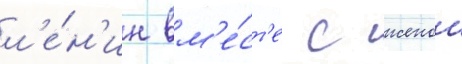
л'е́н'ин вм'е́ст'е с женои